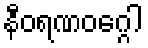
နီဝရဏဝဂ္ဂေါ